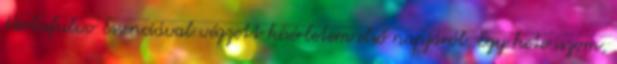
Herbafulvo Essenciával végzett kísérletem első napjáról. Egy hete iszom,